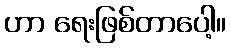
ဟာ ရေးဖြစ်တာပေါ့။